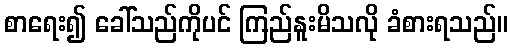
စာရေး၍ ခေါ်သည်ကိုပင် ကြည်နူးမိသလို ခံစားရသည်။